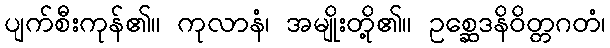
ပျက်စီးကုန်၏။ ကုလာနံ၊ အမျိုးတို့၏။ ဥစ္ဆေဒနိဝိတ္တဂတံ၊